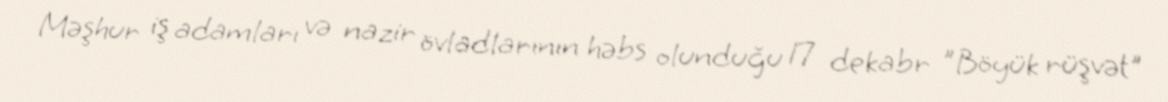
Məşhur iş adamları və nazir övladlarının həbs olunduğu 17 dekabr "Böyük rüşvət"